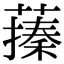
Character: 𦽥